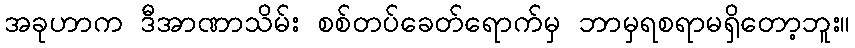
အခုဟာက ဒီအာဏာသိမ်း စစ်တပ်ခေတ်ရောက်မှ ဘာမှရစရာမရှိတော့ဘူး။